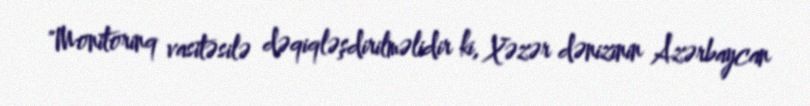
"Monitorinq vasitəsilə dəqiqləşdirilməlidir ki, Xəzər dənizinin Azərbaycan